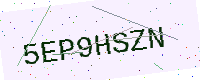
Text: 5EP9HSZN